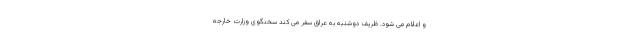
و اعلام می شود. ظریف دوشنبه به عراق سفر می کند سخنگوی وزارت خارجه